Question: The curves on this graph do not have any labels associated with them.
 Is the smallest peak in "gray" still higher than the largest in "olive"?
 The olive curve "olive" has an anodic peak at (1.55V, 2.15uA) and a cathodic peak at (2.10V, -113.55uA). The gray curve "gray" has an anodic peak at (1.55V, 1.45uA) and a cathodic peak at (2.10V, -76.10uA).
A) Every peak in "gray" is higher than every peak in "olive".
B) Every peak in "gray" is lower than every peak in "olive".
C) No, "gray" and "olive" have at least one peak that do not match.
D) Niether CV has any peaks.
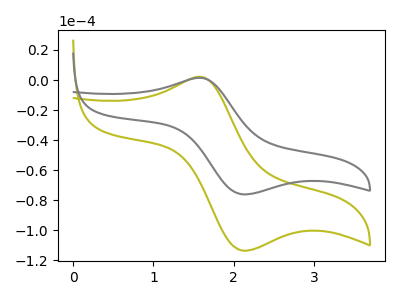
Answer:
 <answer>B) Every peak in "gray" is lower than every peak in "olive".</answer>
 <eval>B</eval>